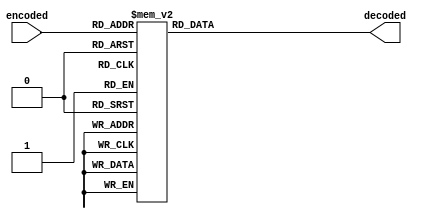
module decoder3to8(encoded, decoded);
	input [2:0] encoded;
	output reg [7:0] decoded;

	always @(*)
	case(encoded)
	3'd0   : decoded = 7'b1 << 1'd0;
	3'd1   : decoded = 7'b1 << 1'd1;
	3'd2   : decoded = 7'b1 << 2'd2;
	3'd3   : decoded = 7'b1 << 2'd3;
	3'd4   : decoded = 7'b1 << 3'd4;
	3'd5   : decoded = 7'b1 << 3'd5;
	3'd6   : decoded = 7'b1 << 3'd6;
	3'd7   : decoded = 7'b1 << 3'd7;

	endcase
endmodule